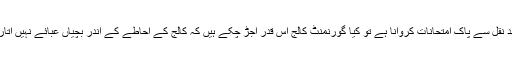
اگر مقصد نقل سے پاک امتحانات کروانا ہے تو کیا گورنمنٹ کالج اس قدر اجڑ چکے ہیں کہ کالج کے احاطے کے اندر بچیاں عبائے نہیں اتار سکتیں؟